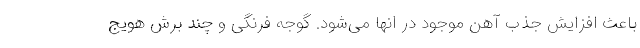
باعث افزایش جذب آهن موجود در انها می‌شود. گوجه فرنگی و چند برش هویج